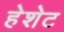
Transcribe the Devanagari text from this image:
हेशेट